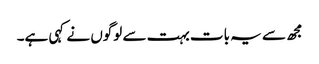
مجھ سے یہ بات بہت سے لوگوں نے کہی ہے۔